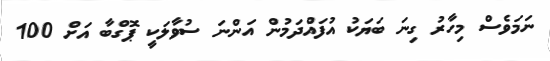
ނަމަވެސް މިހާރު ގިނަ ބަޔަކު އުފައްދަމުން އަންނަ ސުވާލަކީ ޕޮގްބާ އަށް 100